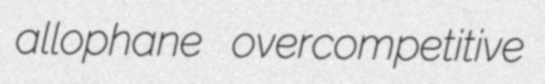
allophane overcompetitive